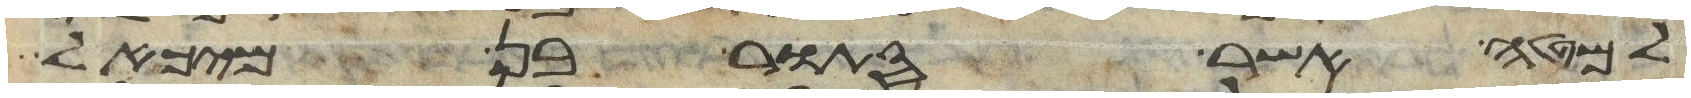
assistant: למטה אשר סתור בן מיכאל